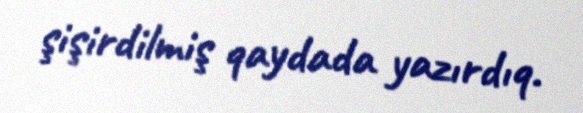
şişirdilmiş qaydada yazırdıq.